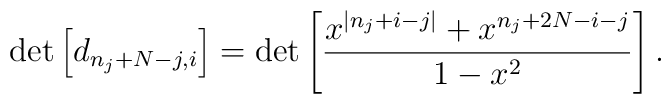
\det\left[d_{n_{j}+N-j,i}\right] = \det\left[\frac{x^{|n_{j}+i-j|}+x^{n_{j}+2N-i-j}}{1-x^{2}}\right].